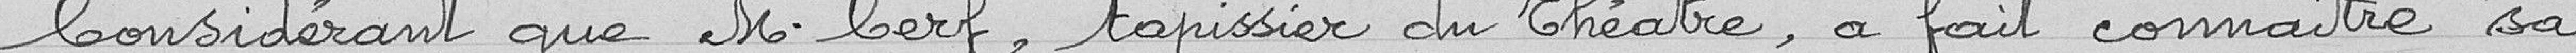
Considérant que M. Berf, tapissier du théâtre, a fait connaître sa